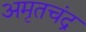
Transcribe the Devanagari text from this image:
अमृतचंद्र